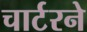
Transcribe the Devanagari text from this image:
चार्टरने